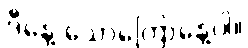
ဒီနေ့ သောကြောနေ့ပါ။